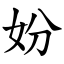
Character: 妢